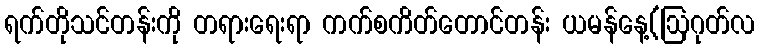
ရက်တိုသင်တန်းကို တရားရေးရာ ကက်စကိတ်တောင်တန်း ယမန်နေ့(ဩဂုတ်လ